Scottish Leaving Certificate Examination, 1958
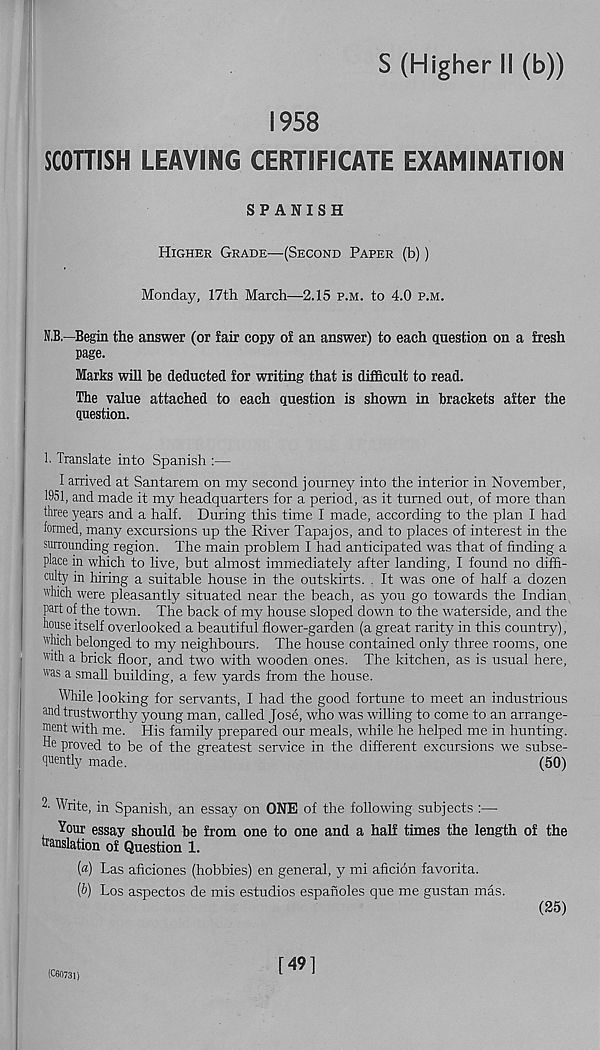
S (Higher II (b))
1958
SCOTTISH LEAVING CERTIFICATE EXAMINATION
SPANISH
Higher Grade—(Second Paper (b))
Monday, 17th March—2.15 p.m. to 4.0 p.m.
N.B.—Begin the answer (or fair copy of an answer) to each question on a fresh
page.
Marks will be deducted for writing that is difficult to read.
The value attached to each question is shown in brackets after the
question.
1. Translate into Spanish :—
I arrived at Santarem on my second journey into the interior in November,
1951, and made it my headquarters for a period, as it turned out, of more than
three years and a half. During this time I made, according to the plan I had
formed, many excursions up the River Tapajos, and to places of interest in the
surrounding region. The main problem I had anticipated was that of finding a
place in which to live, but almost immediately after landing, I found no diffi-
oulty in hiring a suitable house in the outskirts. . It was one of half a dozen
which were pleasantly situated near the beach, as you go towards the Indian
part of the town. The back of my house sloped down to the waterside, and the
house itself overlooked a beautiful flower-garden (a great rarity in this country),
which belonged to my neighbours. The house contained only three rooms, one
| "Th a brick floor, and two with wooden ones. The kitchen, as is usual here,
was a small building, a few yards from the house.
While looking for servants, I had the good fortune to meet an industrious
and trustworthy young man, called Jose, who was willing to come to an arrange-
ment with me. His family prepared our meals, 'while he helped me in hunting,
he proved to be of the greatest service in the different excursions we subse-
quently made.
(50)
2- Write, in Spanish, an essay on ONE of the following subjects :—
Your essay should be from one to one and a half times the length of the
translation of Question 1.
(«) Las aficiones (hobbies) en general, y mi aficion favorita.
(b) Los aspectos de mis estudios espanoles que me gustan mas.
(25)
(C60731)
[49]